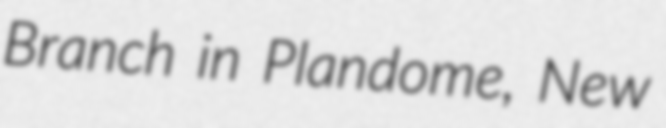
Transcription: Branch in Plandome, New